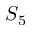
S _ { 5 }